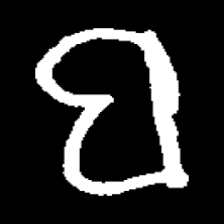
Pyu character \u2014 Myanmar letter: ဗ (romanized: ba)